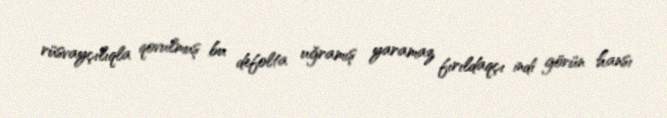
rüsvayçılıqla qovulmuş bu defolta uğramış yaramaz fırıldaqçı indi görün hansı